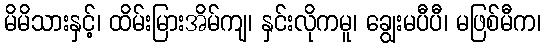
မိမိသားနှင့်၊ ထိမ်းမြားအိမ်ကျ၊ နှင်းလိုကမူ၊ ချွေးမပီပီ၊ မဖြစ်မီက၊